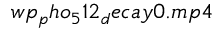
w p _ { p } h o _ { 5 } 1 2 _ { d } e c a y 0 . m p 4